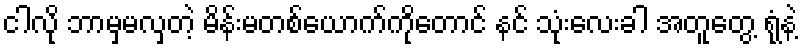
ငါလို ဘာမှမလှတဲ့ မိန်းမတစ်ယောက်ကိုတောင် နင် သုံးလေးခါ အတူတွေ့ ရုံနဲ့